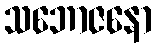
သဘောဇနော